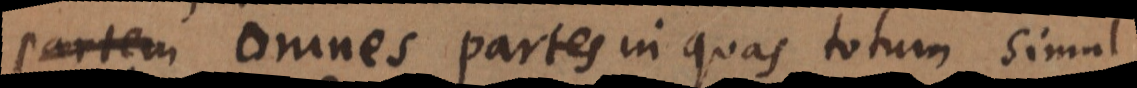
t omnes partes in quas totum simul